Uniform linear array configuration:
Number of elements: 48
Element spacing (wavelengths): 0.5
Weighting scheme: cosine
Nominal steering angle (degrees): -30
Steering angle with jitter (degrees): -31.625
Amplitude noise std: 0.05
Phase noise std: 0.05

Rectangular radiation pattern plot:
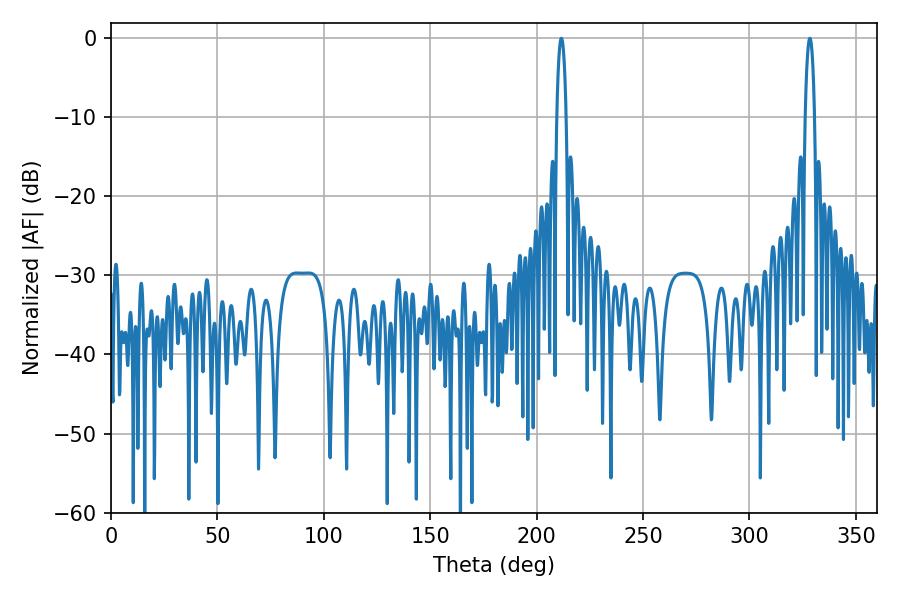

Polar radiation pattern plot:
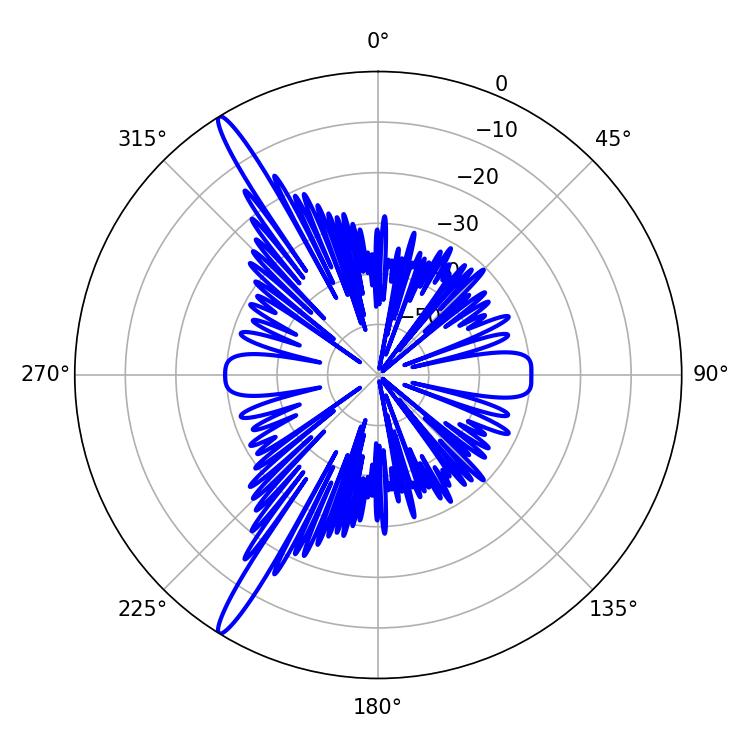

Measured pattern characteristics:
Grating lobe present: FALSE
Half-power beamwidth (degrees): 2.34
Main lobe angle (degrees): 328.32